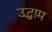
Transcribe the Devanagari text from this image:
उद्भ्राम